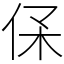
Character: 𠈃